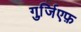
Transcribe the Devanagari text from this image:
गुर्जि़एफ़